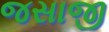
જસાજી